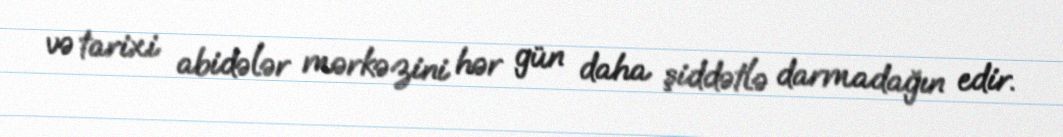
və tarixi abidələr mərkəzini hər gün daha şiddətlə darmadağın edir.